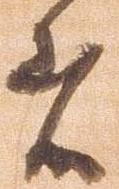
者